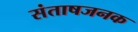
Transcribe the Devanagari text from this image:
संताषजनक